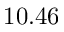
1 0 . 4 6